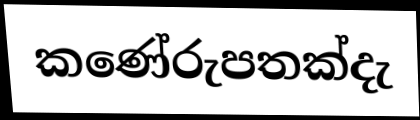
කණේරුපතක්දැ